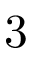
3